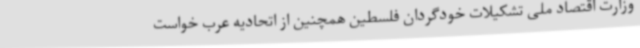
وزارت اقتصاد ملی تشکیلات خودگردان فلسطین همچنین از اتحادیه عرب خواست